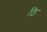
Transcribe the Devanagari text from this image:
ठि